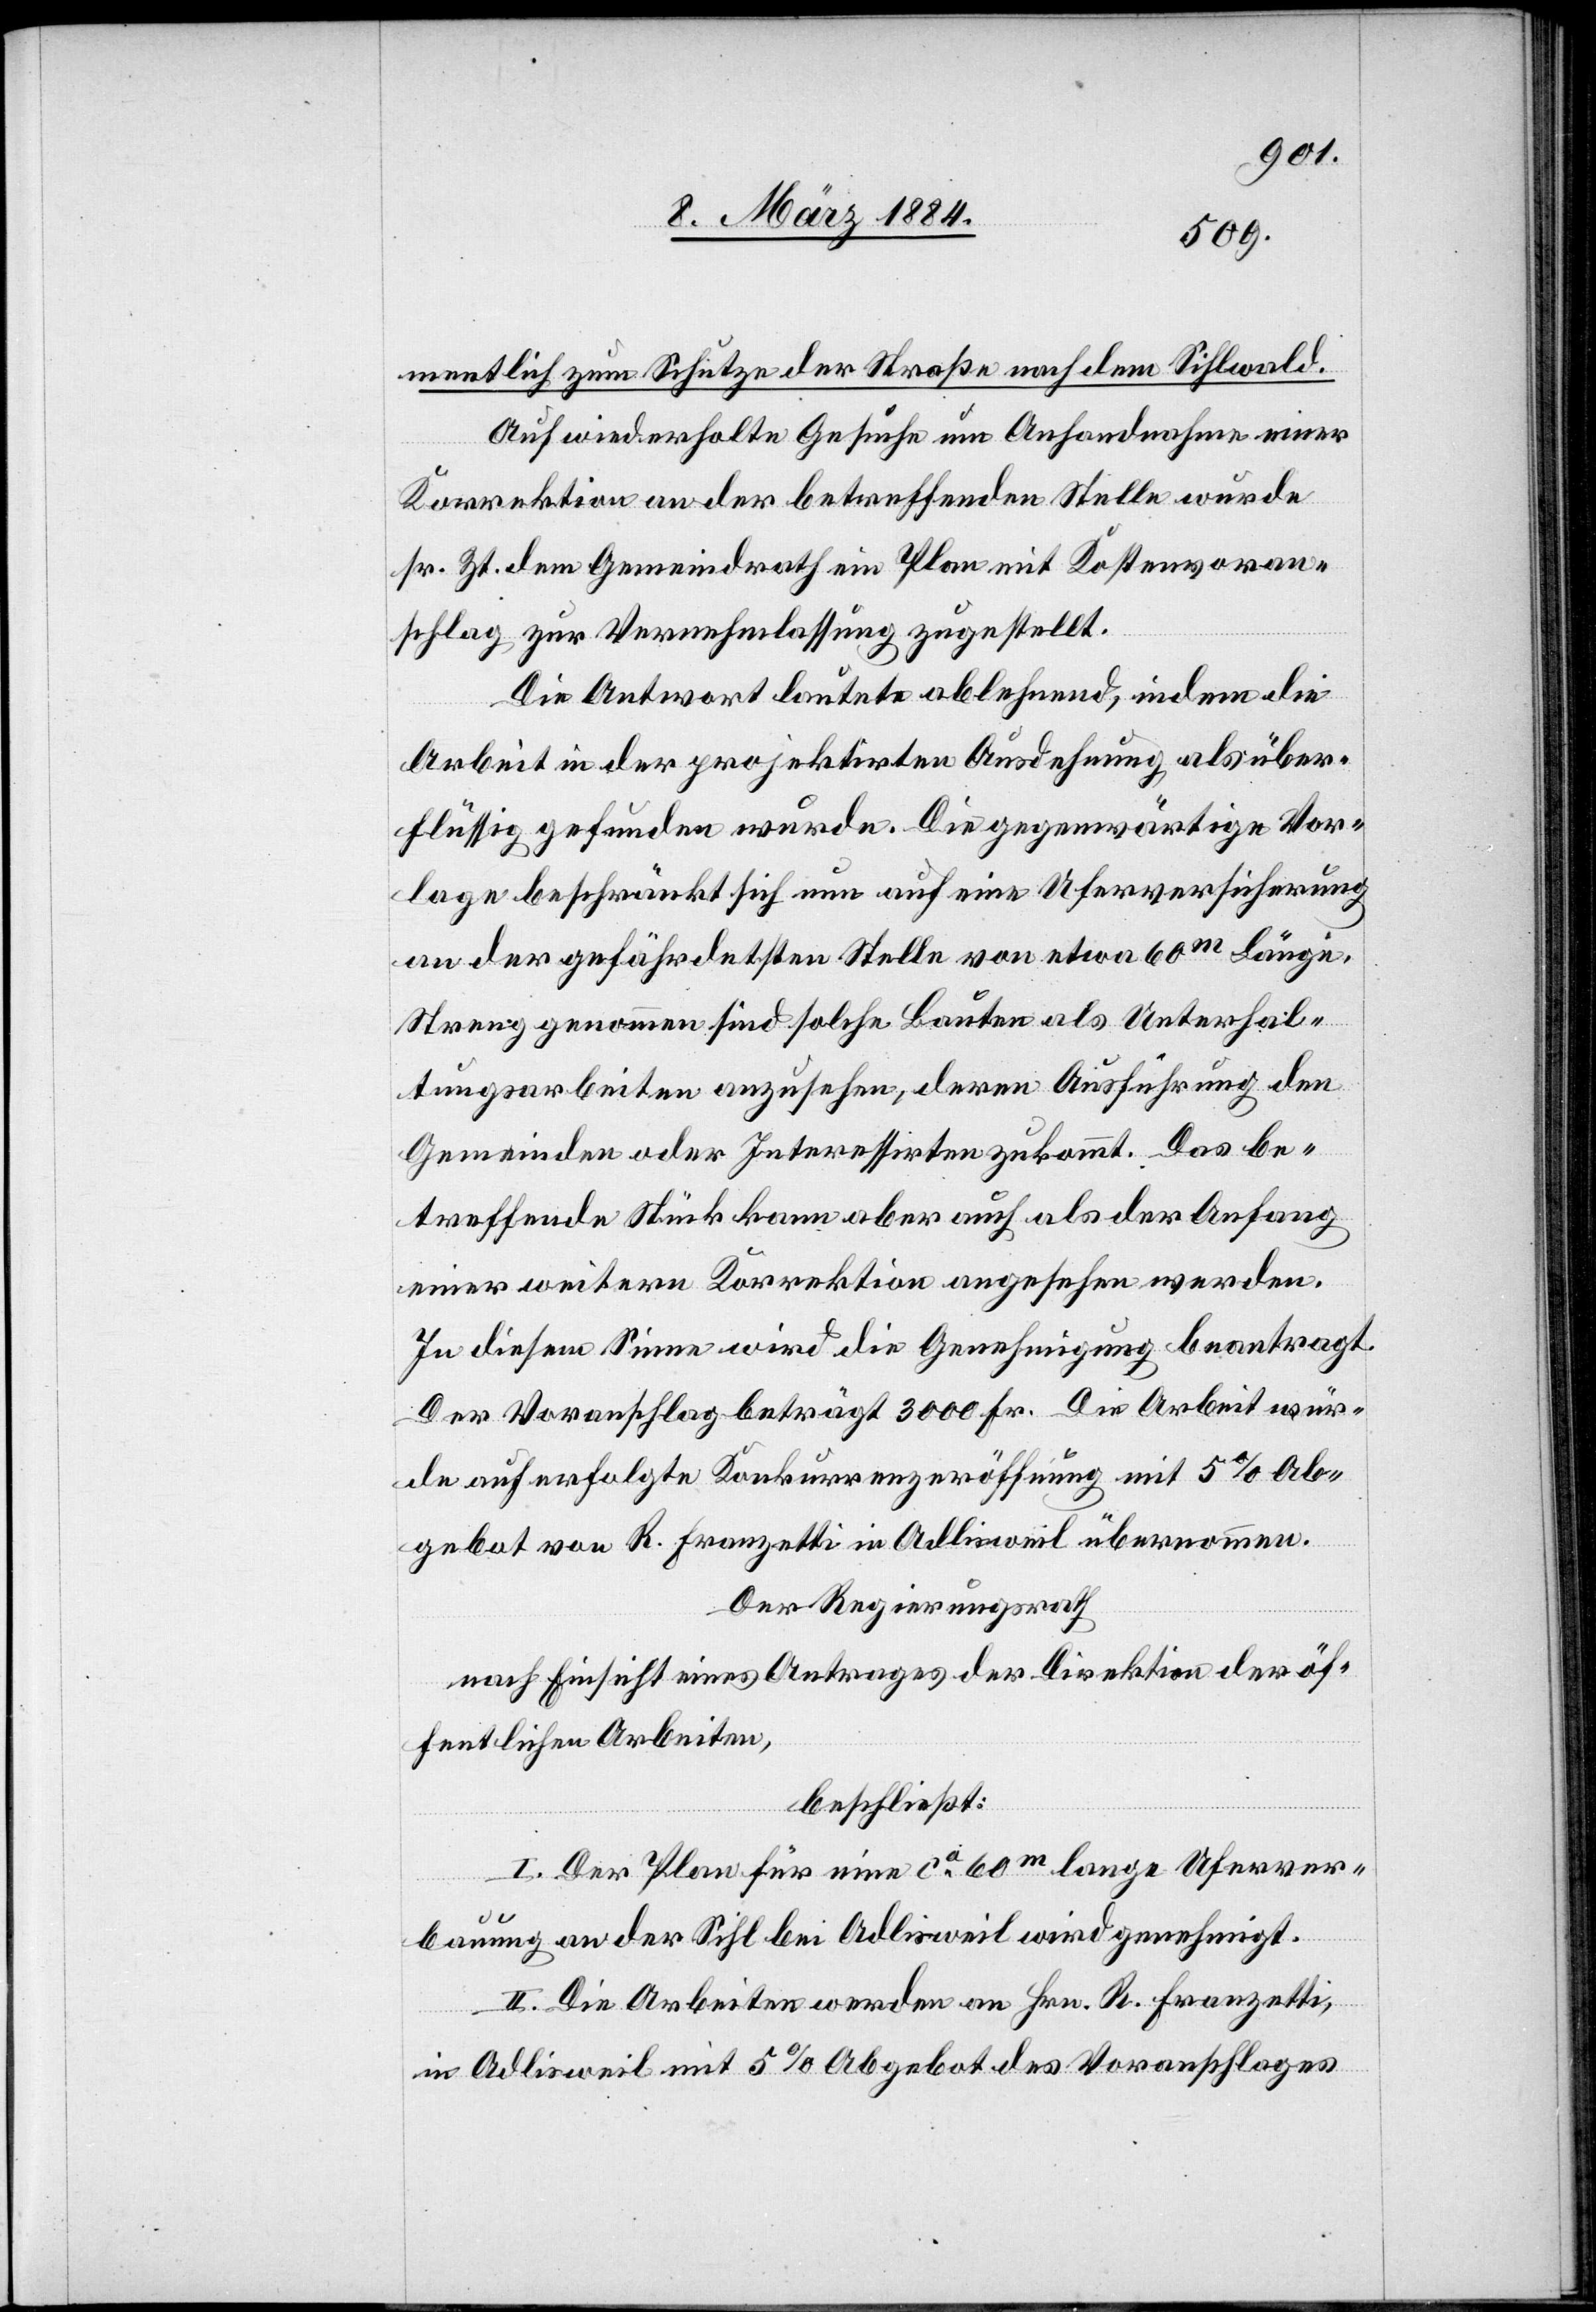
mentlich zum Schutze der Straße nach dem Sihlwald.
Auf wiederholte Gesuche um Anhandnahme einer
Korrektion an der betreffenden Stelle wurde
sr. Zt. dem Gemeindrath ein Plan mit Kostenvoran¬
schlag zur Vernehmlassung zugestellt.
Die Antwort lautete ablehnend, indem die
Arbeit in der projektirten Ausdehnung als über¬
flüssig gefunden wurde. Die gegenwärtige Vor¬
lage beschränkt sich nun auf eine Uferversicherung
an der gefährdetsten Stelle von etwa 60m Länge.
Streng genommen sind solche Bauten als Unterhal¬
tungsarbeiten anzusehen, deren Ausführung den
Gemeinden oder Interessirten zukommt. Das be¬
treffende Stück kann aber auch als der Anfang
einer weitern Korrektion angesehen werden.
In diesem Sinne wird die Genehmigung beantragt.
Der Voranschlag beträgt 3000 Fr. Die Arbeit wur¬
de auf erfolgte Konkurrenzeröffnung mit 5% Ab¬
gebot von R. Franzetti in Adlisweil übernommen.
Der Regierungsrath
nach Einsicht eines Antrages der Direktion der öf¬
fentlichen Arbeiten,
beschließt:
I. Der Plan für eine ca 60m lange Uferver¬
bauung an der Sihl bei Adlisweil wird genehmigt.
II. Die Arbeiten werden an Hrn. R. Franzetti,
in Adlisweil mit 5% Abgebot des Voranschlages